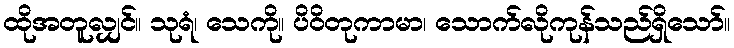
ထိုအတူလျှင်။ သုရံ၊ သေကို။ ပိဝိတုကာမာ၊ သောက်လိုကုန်သည်ရှိသော်။